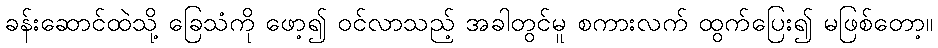
ခန်းဆောင်ထဲသို့ ခြေသံကို ဖော့၍ ဝင်လာသည့် အခါတွင်မူ စကားလက် ထွက်ပြေး၍ မဖြစ်တော့။